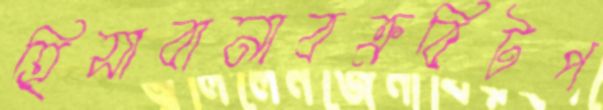
হিসাবানাবক্রবিটপ